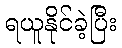
ရယူနိုင်ခဲ့ပြီး